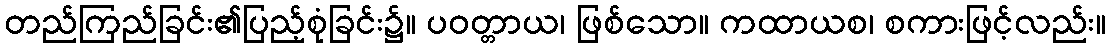
တည်ကြည်ခြင်း၏ပြည့်စုံခြင်း၌။ ပဝတ္တာယ၊ ဖြစ်သော။ ကထာယစ၊ စကားဖြင့်လည်း။